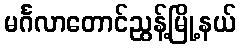
မင်္ဂလာတောင်ညွန့်မြို့နယ်